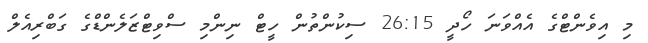
މި އިވެންޓްގެ އެއްވަނަ ހޯދީ 26:15 ސިކުންތުން ހީޓް ނިންމި ސްވިޓްޒަލެންޑްގެ ގަބްރިއެލް